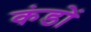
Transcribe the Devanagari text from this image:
कंडों